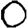
Digit: 0